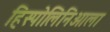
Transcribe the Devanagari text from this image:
हिस्पोलिनिओला